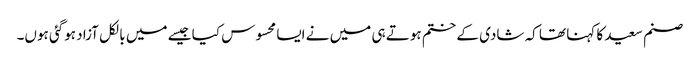
صنم سعید کا کہنا تھا کہ شادی کے ختم ہوتے ہی میں نے ایسا محسوس کیا جیسے میں بالکل آزاد ہوگئی ہوں۔